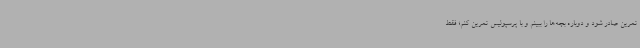
تمرین صادر شود و دوباره بچه‌ها را ببینم و با پرسپولیس تمرین کنم؛ فقط